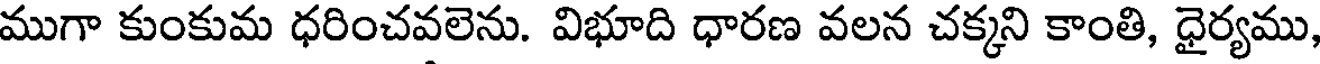
ముగా కుంకుమ ధరించవలెను. విభూది ధారణ వలన చక్కని కాంతి, ధైర్యము,